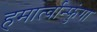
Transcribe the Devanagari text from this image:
हमार्त्वान्फुंगा